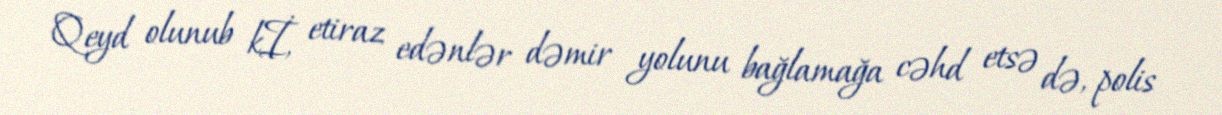
Qeyd olunub kİ, etiraz edənlər dəmir yolunu bağlamağa cəhd etsə də, polis